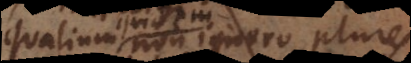
qualium non ignoro plures